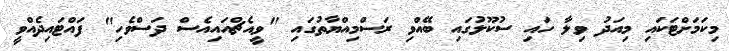
މިކަމަށްޓަކައި މިއަދު ވިލާ ހައި ސުކޫލުގައި ބޭއްވި ރަސްމިއްޔާތުގައި "ވީއެޗްއައިއެސް ދަސްވެހި" ފައްޓައިދެއްވީ